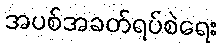
အပစ်အခတ်ရပ်စဲရေး